65_HS1-834228961_62-HQ-83894_Section_3
Agency: FBI
Page 138
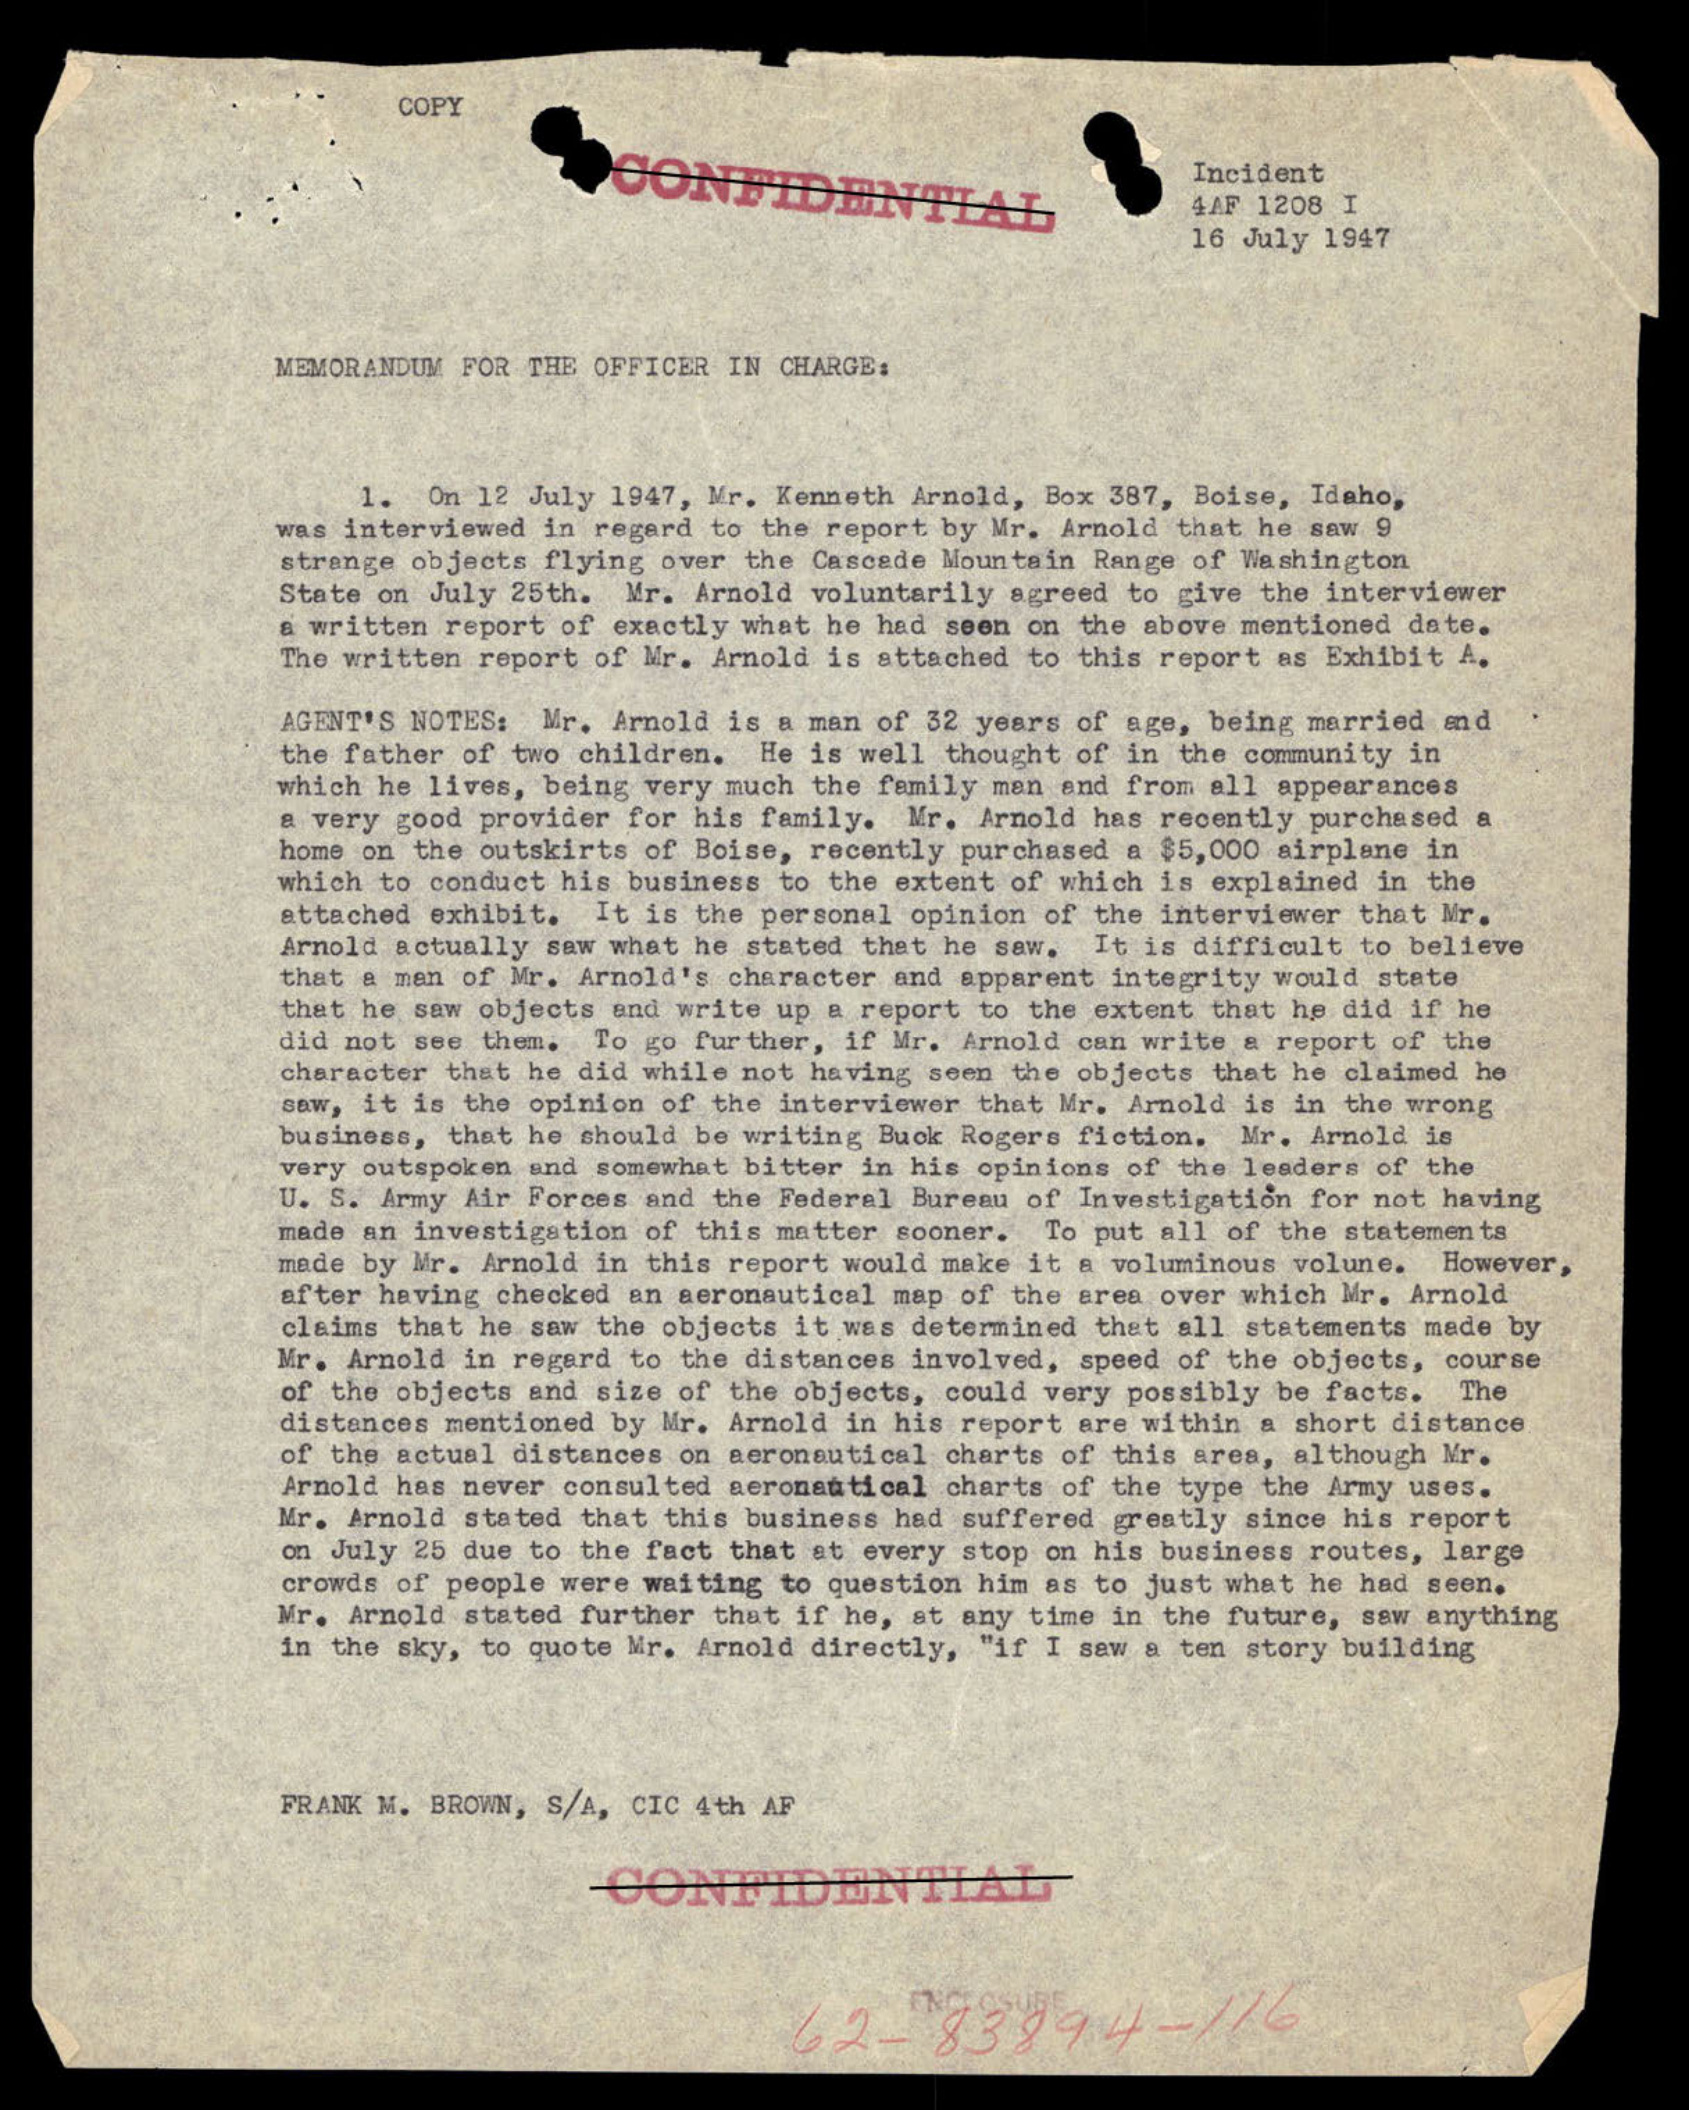